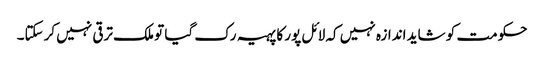
حکومت کو شاید اندازہ نہیں کہ لائل پور کا پہیہ رک گیا تو ملک ترقی نہیں کرسکتا۔